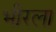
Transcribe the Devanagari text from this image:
भीरला